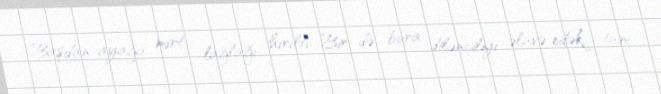
Başdan-ayağa mırt, lağlağı, hırıltı.. Bir də bura dilənçiliyi əlavə edək, tam